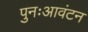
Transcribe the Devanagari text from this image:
पुनःआवंटन